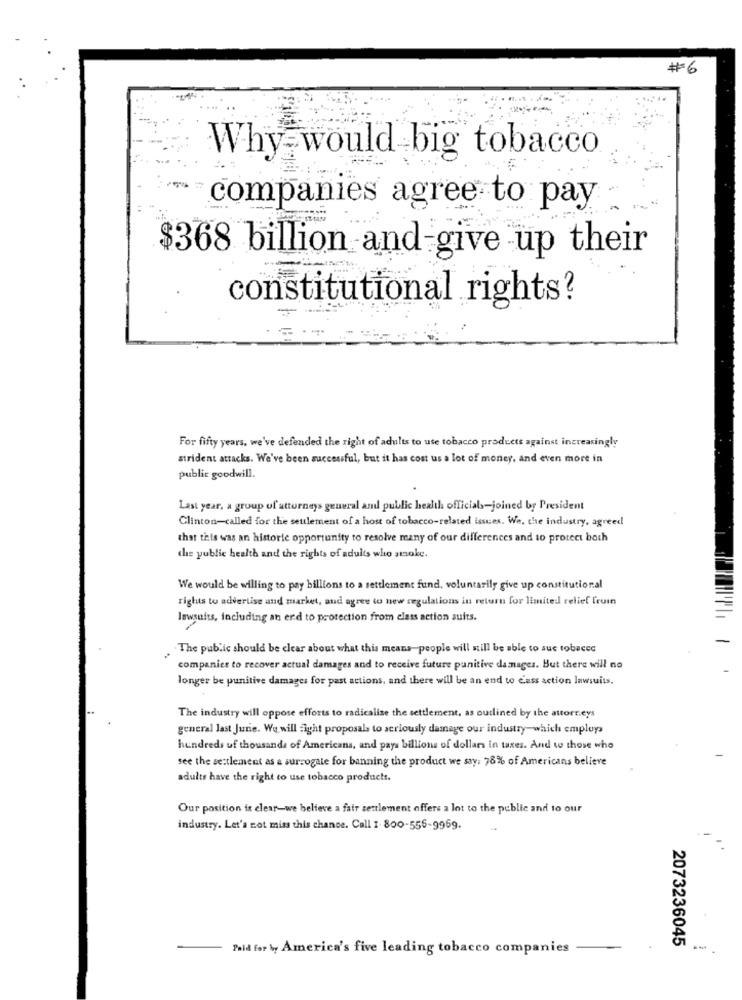
#6
Why would big tobacco
companies agree to pay
$368 billion and give up their
constitutional rights?
For fifty years. we've defended the right of adults to ute tobacco products against increasingly
strident attacks. We've been successful, but it has cost us a lot of money, and even more in
public goodwill.
Last year, a group of attorneys general and public health officials-joined by President
Clinton-called for the settlement of a host of tobacco-related issues. We, the industry, agreed
that this was an historie opportunity to resolve many of our differences and to protect both
the public health and the rights of adults who smoke.
We would be willing to pay billions to a settlement fund, voluntarily give up constitutional
rights to advertise and market, and agree to new regulations in return for limited relief from
lawsuits, Including an end to protection from class action suits.
The public should be clear about what this means-people will still be able to sue tobacco
companies to recover actual damages and to receive future punitive damages. But there will no
longer be punitive damages for past actions, and there will be an end to c'ass action lawsuits.
The industry will oppose efforts to radicalise the settlement, as outlined by the attorneys
general last June. We will Fight proposals to seriously damage our industry-which employs
hundreds uf thousands of Americans, and pays billions of dollars In taxes. And to those who
see the setlement as a surrogate for banning the product we say: 78% of Americans believe
adults have the right to use tobacco products.
Our position is clear-we believe a fair settlement offers a lot to the public and to our
industry. Let's not miss this chance. Call I. 800-556-9969.
2073236045
Paid for \, America's five leading tobacco companies
-